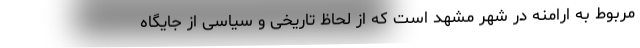
مربوط به ارامنه در شهر مشهد است که از لحاظ تاریخی و سیاسی از جایگاه